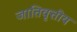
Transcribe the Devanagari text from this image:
जातिवृत्तीय